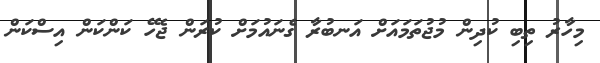
މިހާރު ތިބި ކުދިން މުޖުތަމައަށް އަނބުރާ ގެނައުމަށް ކުރަން ޖެހޭ ކަންކަން އިސްކަން